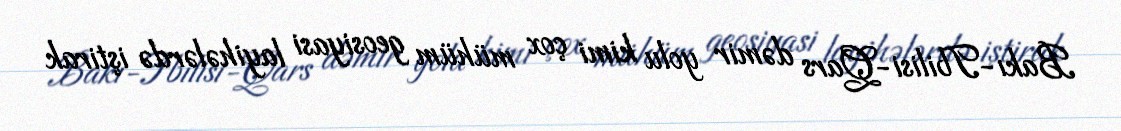
Bakı-Tbilisi-Qars dəmir yolu kimi çox mühüm geosiyasi layihələrdə iştirak